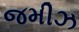
જમીઝ